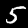
Digit: 5